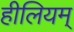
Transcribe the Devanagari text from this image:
हीलियम्